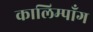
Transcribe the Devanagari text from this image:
कालिम्पाँग